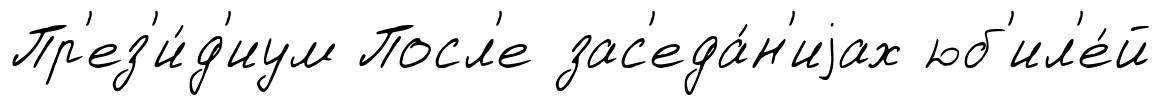
Пр'ез'и́д'иум Посл'е зас'еда́н'иjах юб'ил'е́й